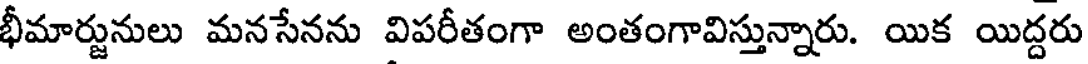
భీమార్జునులు మనసేనను విపరీతంగా అంతంగావిస్తున్నారు. యిక యిద్దరు